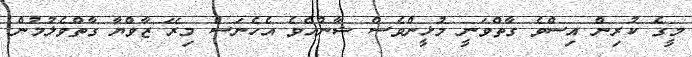
މީގެ ކުރިން އިސްވެ ގާތްވަނީ މުޅީންވެސް ޝާންއެވެ އެހެނަސް މިރޭ ޒާވްޔާ ގާތްވެލުމުން